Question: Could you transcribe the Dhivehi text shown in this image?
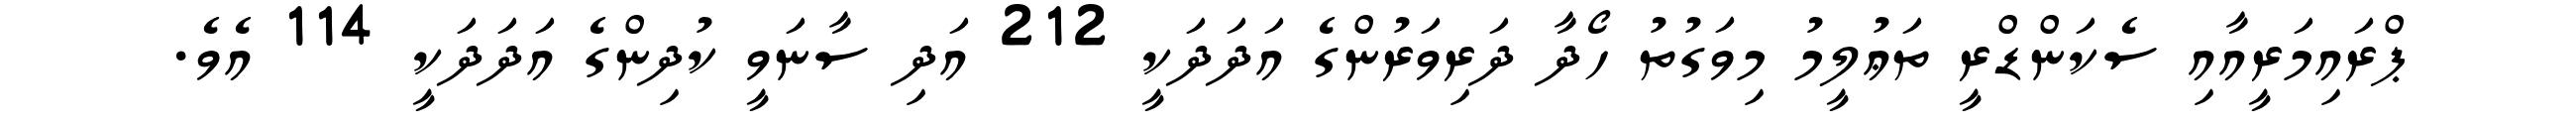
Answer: ޕްރައިމަރީއާއި ސެކަންޑްރީ ތަޢުލީމު މިވަގުތު ހޯދާ ދަރިވަރުންގެ އަދަދަކީ 212 އަދި ސާނަވީ ކުދިންގެ އަދަދަކީ 114 އެވެ.